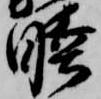
睦